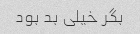
بگر‌ خیلی بد بود